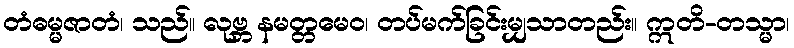
တံဓမ္မဇာတံ၊ သည်။ လုဗ္ဘ နမတ္တမေဝ၊ တပ်မက်ခြင်းမျှသာတည်း။ ဣတိ-တသ္မာ၊